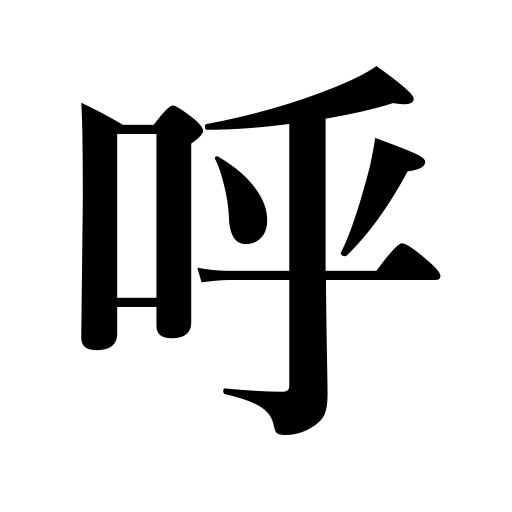
Meanings: designate,invoke,bring about,call out to,attract,send for,name,call,summon,invite